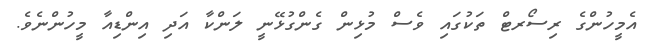
އެމީހުންގެ ރިސޯރޓް ތަކުގައި ވެސް މުޅިން ގެންގުޅޭނީ ލަންކާ އަދި އިންޑިއާ މީހުންނެވެ.